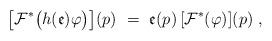
LaTeX: \begin{align*}\big[\mathcal{F}^{\ast }\big(h(\mathfrak{e}){\varphi }\big)\big](p)\ =\ \mathfrak{e}(p)\,[\mathcal{F}^{\ast }({\varphi })](p)\;, \end{align*}